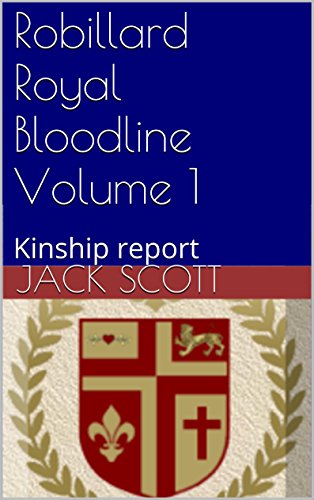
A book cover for Robillard Royal Bloodline Volume 1: Kinship report; Crafts, Hobbies & Home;